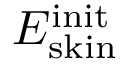
E _ { \mathrm { s k i n } } ^ { \mathrm { i n i t } }